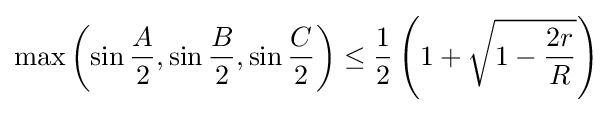
\max \left(\sin {\frac {A}{2}},\sin {\frac {B}{2}},\sin {\frac {C}{2}}\right)\leq {\frac {1}{2}}\left(1+{\sqrt {1-{\frac {2r}{R}}}}\right)